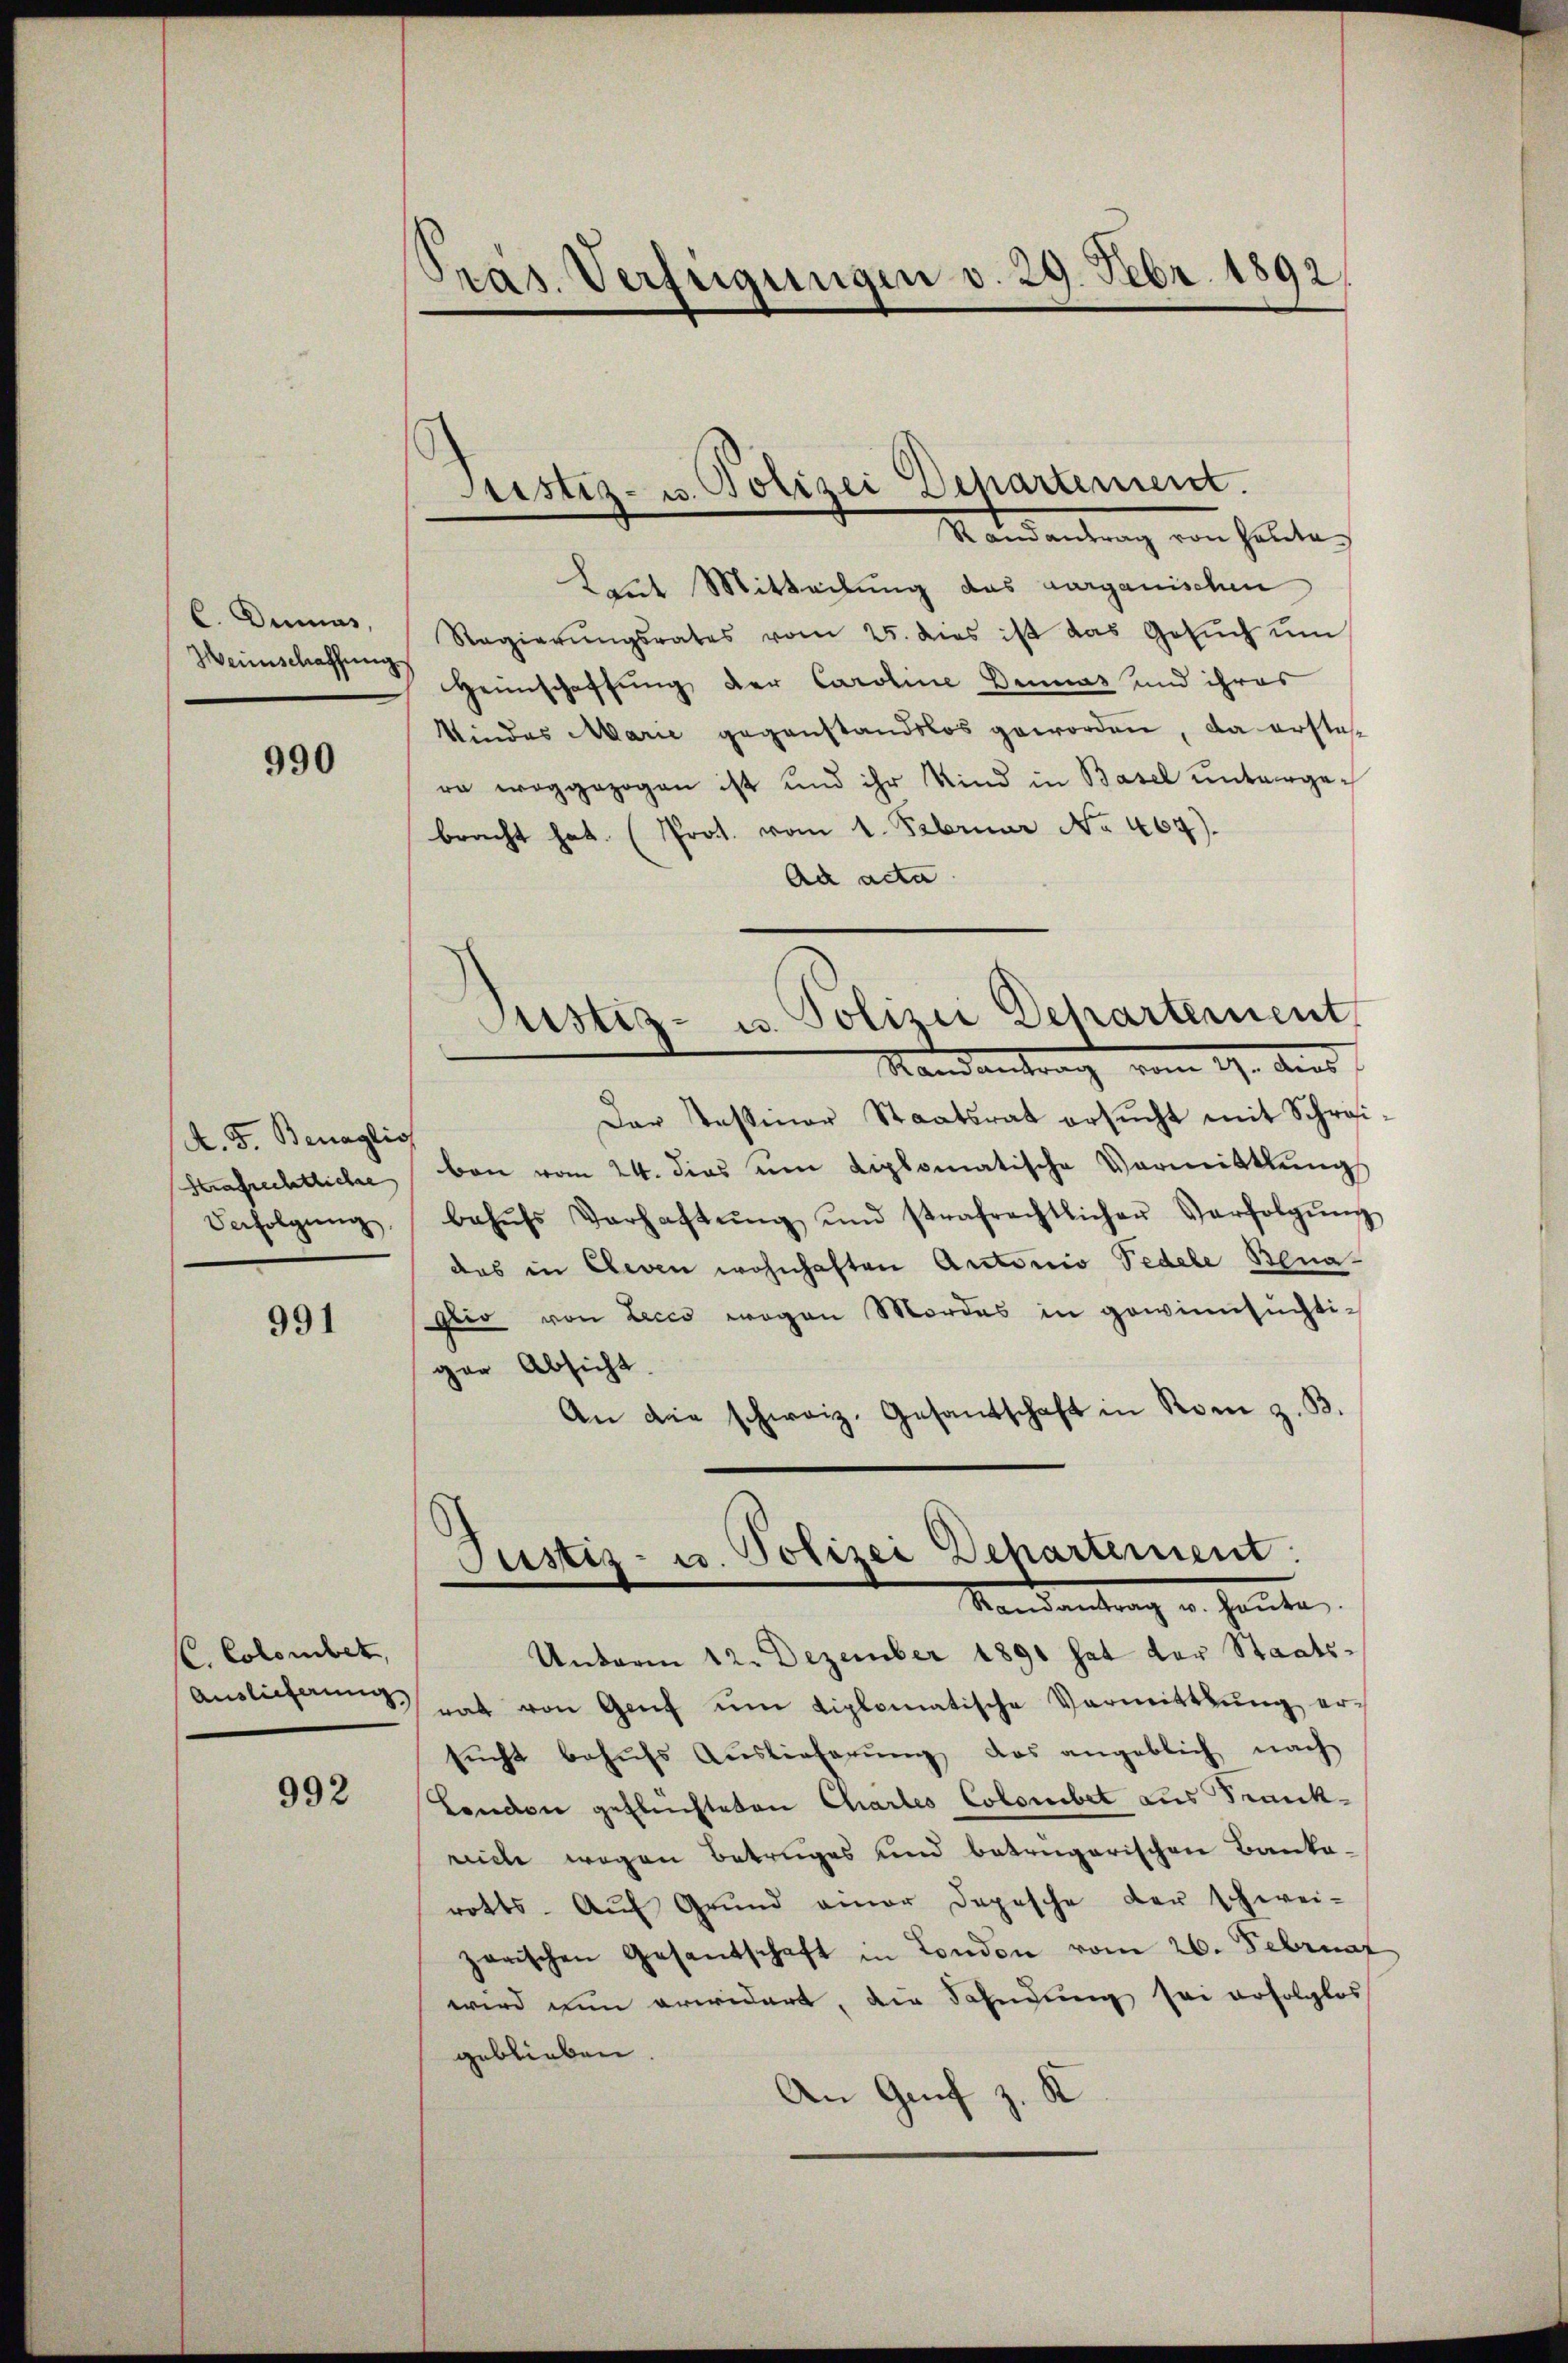
C. Dunius,
Weinschaffung.

990

A. F. Benaglic
Strafrechtliche
Verfolgung,

991

C. Colombet,
Auslieferung,

992

Pras. Verfügungen v. 29. Febr. 1892

Justiz- u. Polizei Departement.

Mandantrag von halte,
Laut Mitteilung des aarganischen
Regierŭngsrates vom 25. dies ist das Gesŭch ŭm
Heimschaftung der Caroline Dennas und ihres
kindes Marie gegenstandslos geworden, da erstere weggezogen ist und ihr Kind in Basel untergebracht hat. (Prot. vom 1. Februar No. 464).
Ad acta
Der Paßmar Staatsrat ersŭcht mit Schrei
ben vom 24. dies um diplomatische Vormittlung
behŭfs Verhaltŭng und strafrechtlicher Verfolgŭng
das in Eleen wohnhaften Antonio Pedele Bena-
Glio von Lecco wegen Mordes in gewinnsüchtiger Absicht.
An die schweiz. Gesandschaft in Rom z. B.
Justiz- u. Polizei Departement:
Mandantrag u. heute
Unterm 12. Dezember 1891 hat der Staats-
rat von Genf ŭm diplomatische Vermittŭng er-
sŭcht behŭfs Auslieferŭng das angeblich nach
London geflüchteten Chartes Colonibet aus Frankrich wegen Betruges und betrügerischen Banko-
rotts. Aŭf Grund einer Depesche der schwei-
zorischen Gesandschaft in London vom 26. Februar
wird nun erwidert, die Sahndung sei erfolglos
geblieben.
An Genf z. K

Justiz- u. Polizei Departement
Standentrag vom 9. Aus